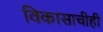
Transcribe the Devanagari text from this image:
विकासाचीही